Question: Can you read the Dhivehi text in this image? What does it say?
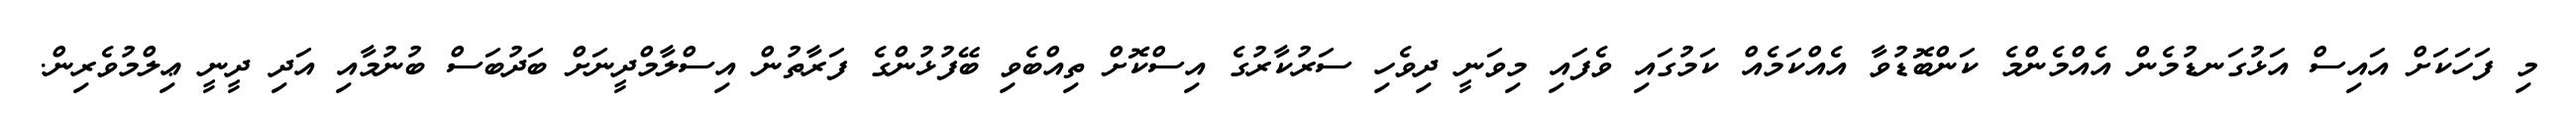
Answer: މި ފަހަކަށް އައިސް އަޅުގަނޑުމެން އެއްމެންމެ ކަންބޮޑުވާ އެއްކަމެއް ކަމުގައި ވެފައި މިވަނީ ދިވެހި ސަރުކާރުގެ އިސްކޮށް ތިއްބެވި ބޭފުޅުންގެ ފަރާތުން އިސްލާމްދީނަށް ބަދުބަސް ބުނުމާއި އަދި ދީނީ ޢިލްމުވެރިން.